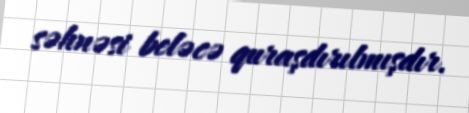
səhnəsi beləcə quraşdırılmışdır.